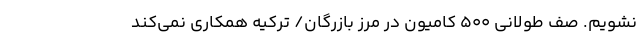
نشویم. صف طولانی ۵۰۰ کامیون‌ در مرز بازرگان/ ترکیه همکاری نمی‌کند